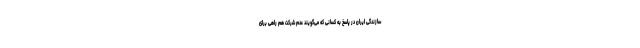
سازندگی ایران در پاسخ به کسانی که می‌گویند عدم شرکت هم راهی برای